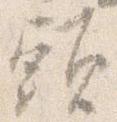
頭